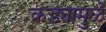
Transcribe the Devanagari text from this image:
कड्यामुळे